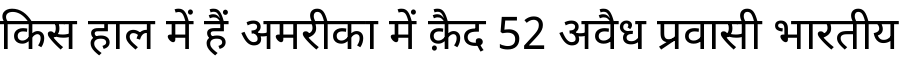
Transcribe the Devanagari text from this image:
किस हाल में हैं अमरीका में क़ैद 52 अवैध प्रवासी भारतीय